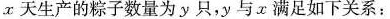
x天生产的粽子数量为y只，y与x满足如下关系：